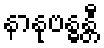
နာနုဗန္ဓန္တီ